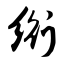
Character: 绗